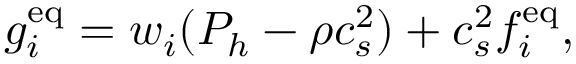
g _ { i } ^ { \mathrm { e q } } = w _ { i } ( P _ { h } - \rho c _ { s } ^ { 2 } ) + c _ { s } ^ { 2 } f _ { i } ^ { \mathrm { e q } } ,